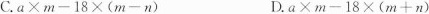
C.$$a\times m-18\times(m-n)$ $D.$$a\times m-18\times(m+n)$$